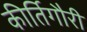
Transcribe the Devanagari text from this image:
कीर्तिगौरी